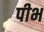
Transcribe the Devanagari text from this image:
पीभ